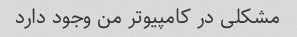
مشکلی در کامپیوتر من وجود دارد